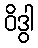
ဝိဒွါ